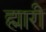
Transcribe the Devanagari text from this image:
ह्मारी